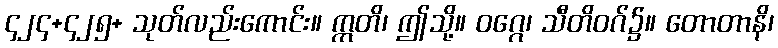
၄၂၄+၄၂၅+ သုတ်လည်းကောင်း။ ဣတိ၊ ဤသို့။ ဝဂ္ဂေ၊ သီတိဝဂ်၌။ တောတာနိ၊